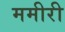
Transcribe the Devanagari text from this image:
ममीरी